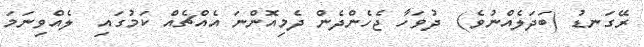
ރޭގަނޑު (ބަދަލެއްނުވެ)  ދުވަހާ ޖެހެންދެން ދެމިއޮންނަ އެއްޗެއް ކަމުގައި  ލެއްވިނަމަ